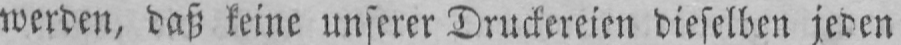
werden, daß keine unserer Druckereien dieselben jeden